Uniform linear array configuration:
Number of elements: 12
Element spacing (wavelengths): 1
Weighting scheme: cosine
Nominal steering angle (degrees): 60
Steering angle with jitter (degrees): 61.879
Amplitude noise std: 0.05
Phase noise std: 0.05

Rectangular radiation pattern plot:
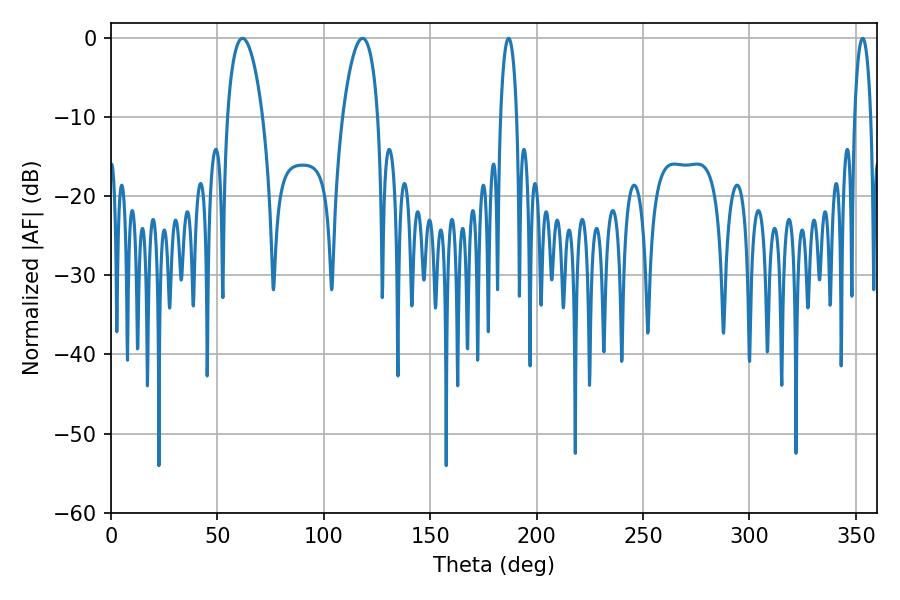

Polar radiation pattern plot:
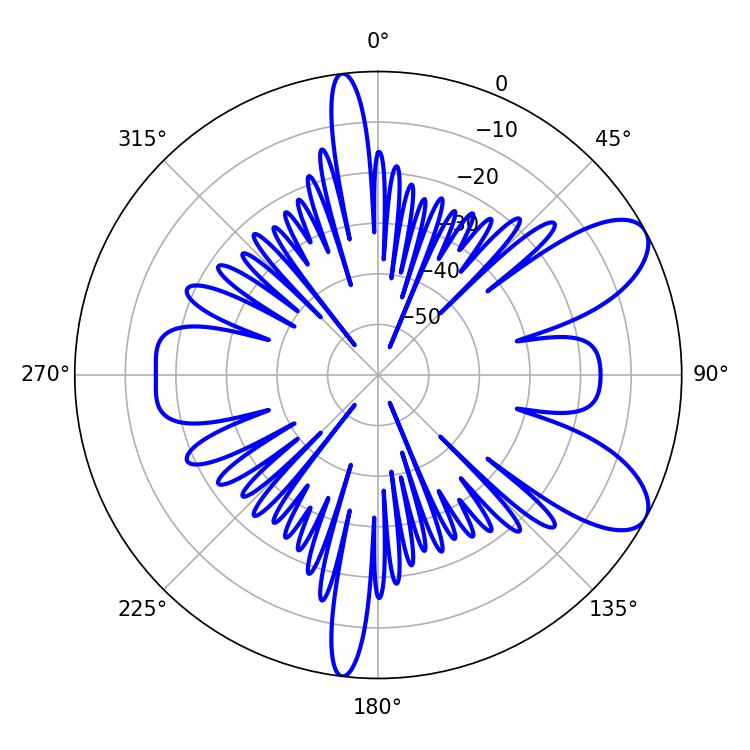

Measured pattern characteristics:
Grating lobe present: TRUE
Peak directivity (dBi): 8.498
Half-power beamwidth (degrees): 4.32
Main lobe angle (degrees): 186.84